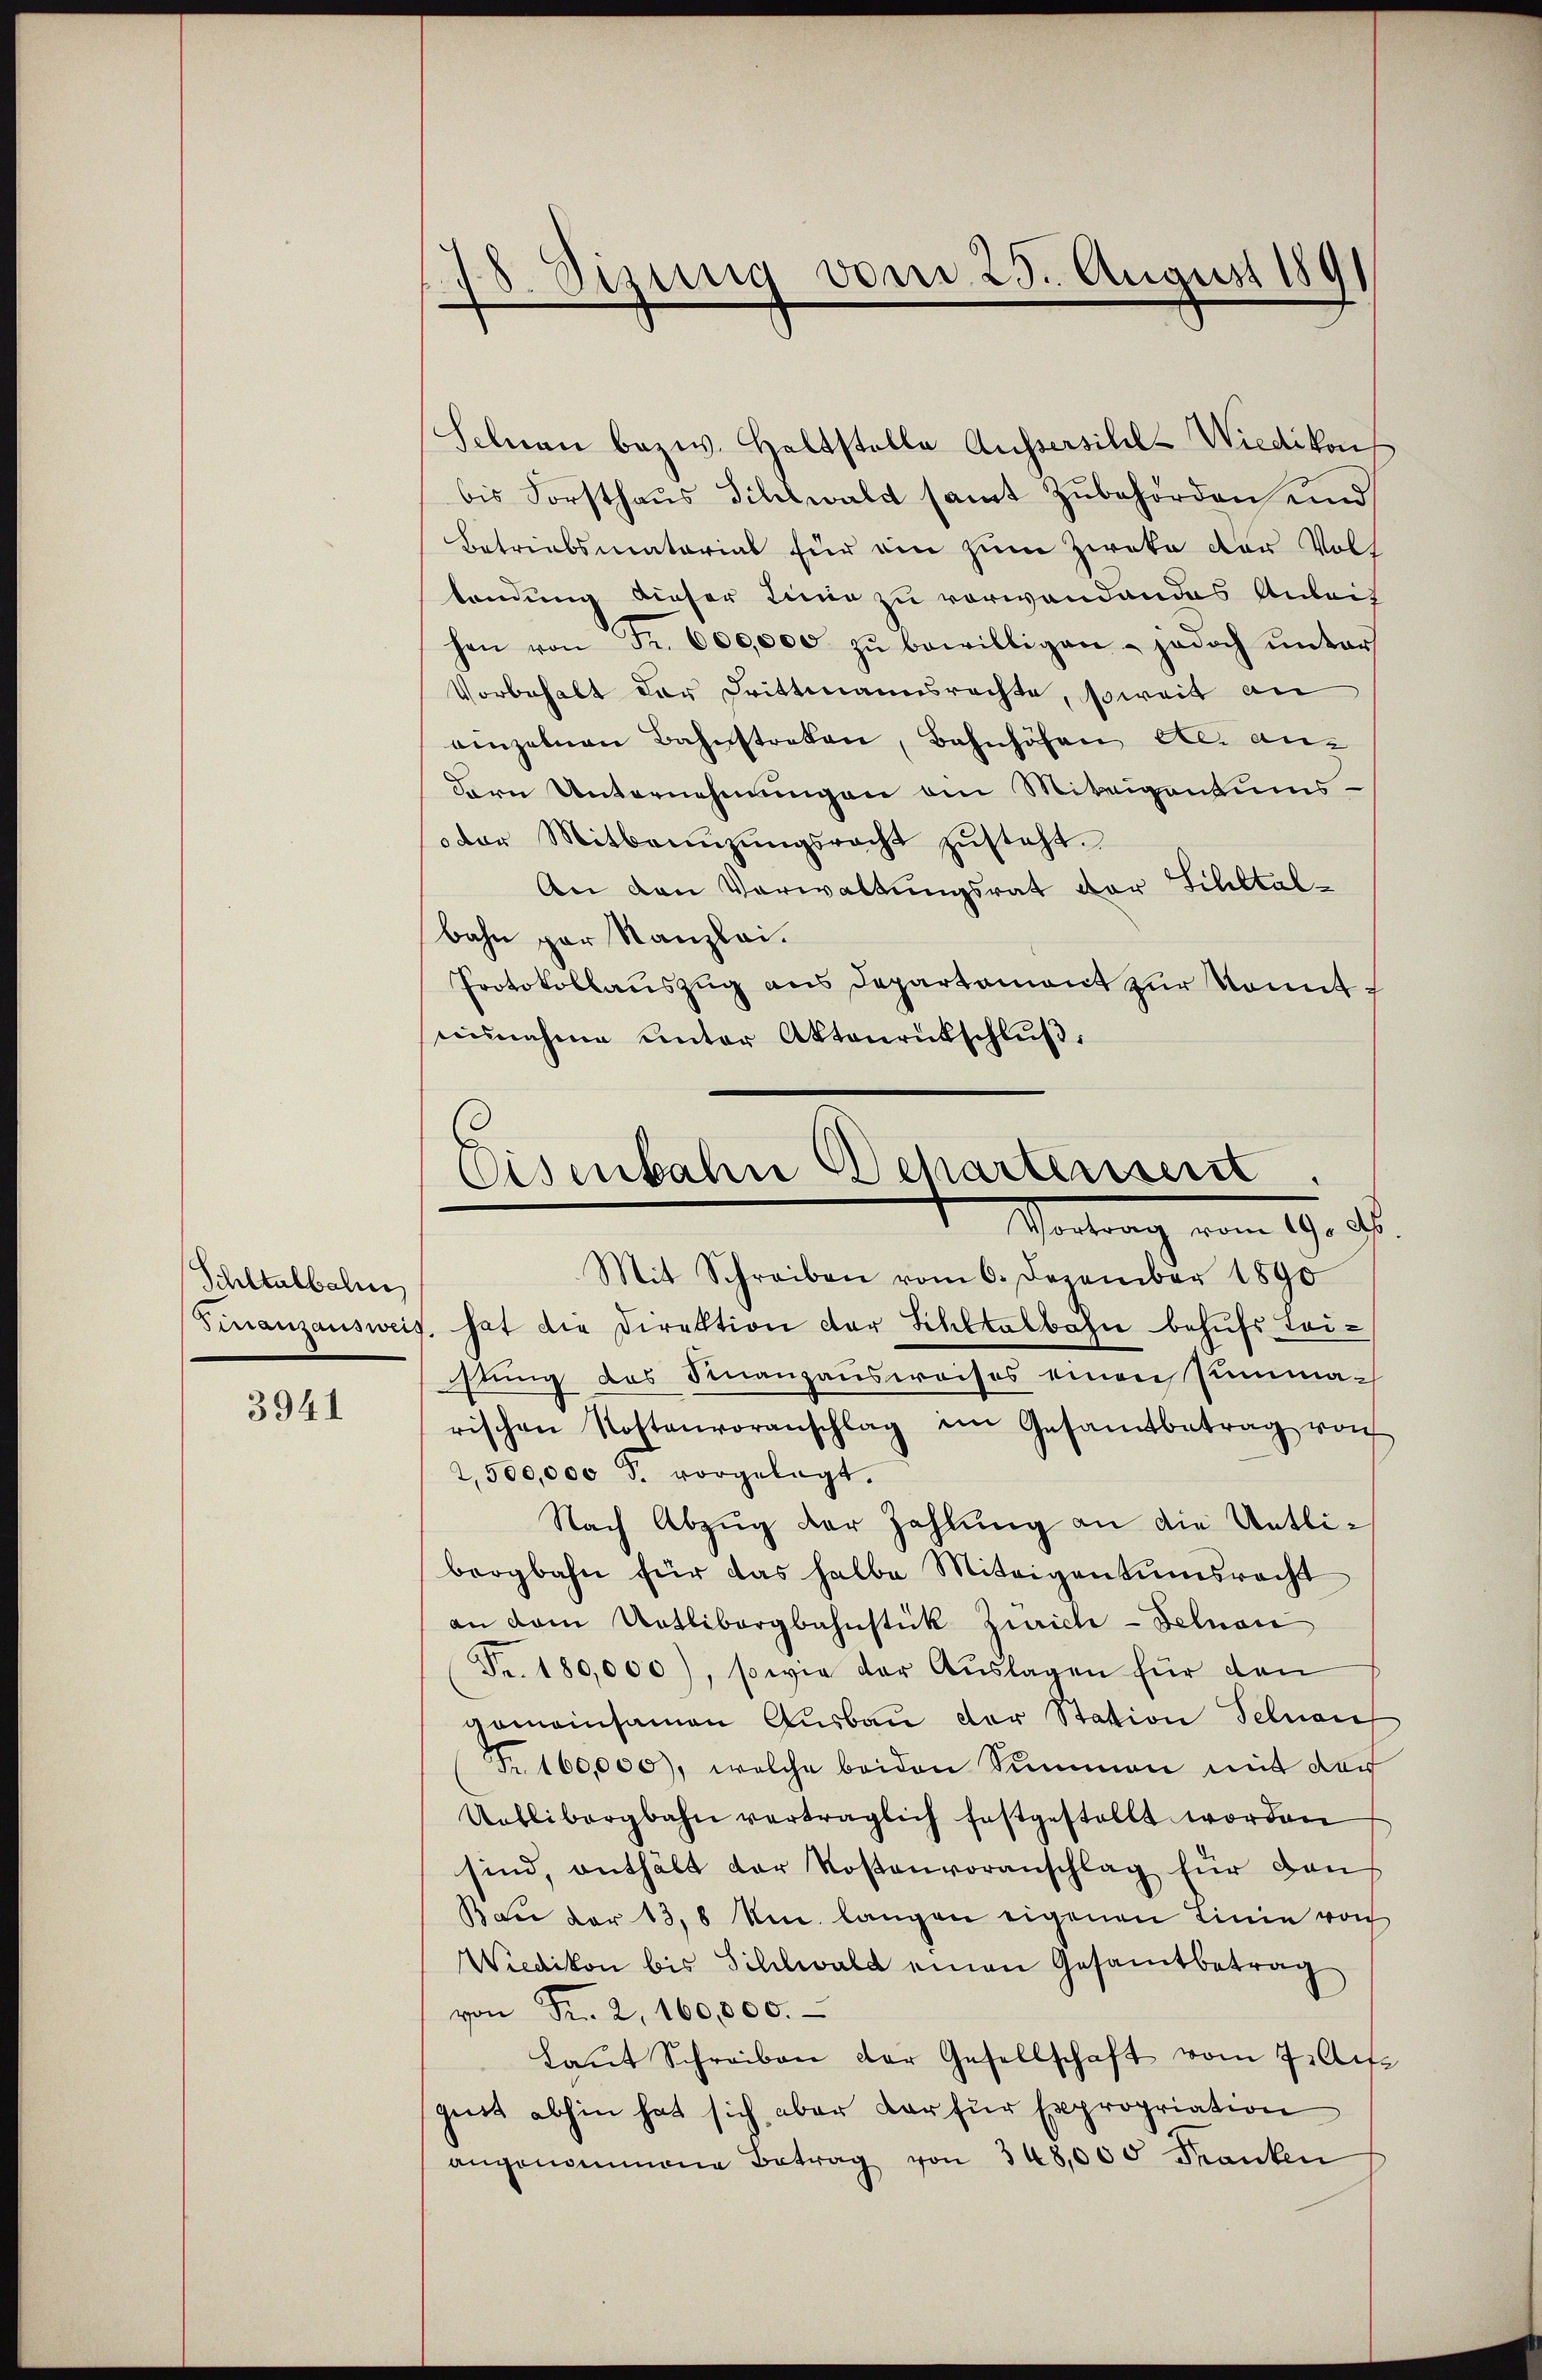
Schltalbahn,

3941

18. Sizung vom 25. August 189

Schnau bezw. Haltstelle Aussersilil-Wiedikon
bis Forsthaus Schelwald samt Zubehörden und
Betriebsmatorial für ein zum Zweke der Voll
tondung dieser Linie zu verwandendes Anleih
hen von Fr. 600,000 zŭ bewilligen - jedoch ŭnter
Vorbehalt der Drittmannsrechte, soweit an
einzelnen Bahnstreken, Bahnhöfen als andern Unternehmungen ain Miteigentums-
der Mitbenŭzŭngsrecht zŭsteht.
An den Verwaltungsrat der Sihltalbahn par Kanzlei.
Protokollauszug aus Departament zur Komit
einnahme unter Aktenrückschlŭβ:

Eisenbahn Behartenseit
Scontrag vom 19. ds.

Mit Schreiben vom 6. Dezember 1890
Finanzausweis, hat die Direktion der Schltalbahn behufs Tei-
stung des Finanzausweises einen Summarischen Kostenvoranschlag im Gesamtbetrag von
2,500,000 S. vorgelegt.
Nach Abzug der Zahlung an die Uetlibergbahn für das halbe Miteigentumsrecht
an dem Uetlibergbahnstück Zürich-Felnau
Fr. 180,000), sowie der Aŭslagen für den
gemeinsamen Ausbau der Station Selnau
Fr. 160,000), welche beiden Summen mit der
Uetlibergbahn verträglich festgestellt worden
sind, enthält der Kostenvoranschlag für dan
Bau der 13,8 Um. langen eigenen Linie von
Wiedikon bis Sihlwald einen Gesamtbetrag
von Fr. 2, 160,000.
Laŭt Schreiben der Gesellschaft vom 7. Au
geist abhin hat sich aber der für Expropriation
angenommene Betrag von 348,000 Franken